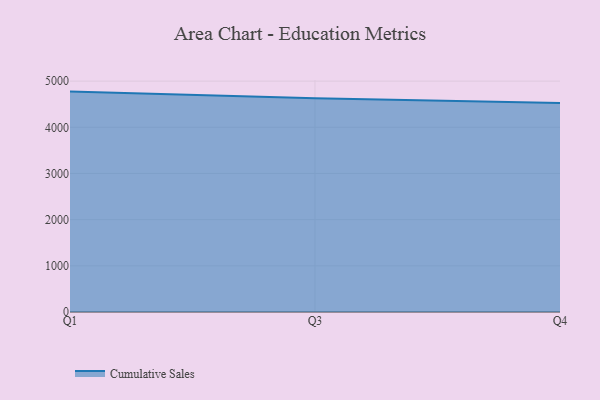
{"axis": {"x": "Quarter", "y": "Headcount"}, "legend": ["Cumulative Sales"], "data": [{"x": "Q1", "y": 4773.1, "type": "Cumulative Sales"}, {"x": "Q3", "y": 4628.6, "type": "Cumulative Sales"}, {"x": "Q4", "y": 4523.6, "type": "Cumulative Sales"}]}